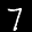
Label: 7